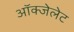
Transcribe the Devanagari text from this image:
ऑक्‍जेलेट